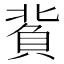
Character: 𧶙